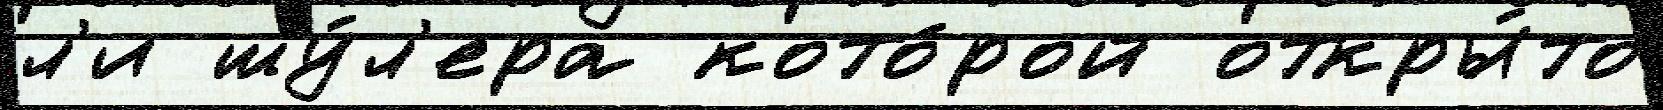
л'и шу́л'ера кото́рой откры́то